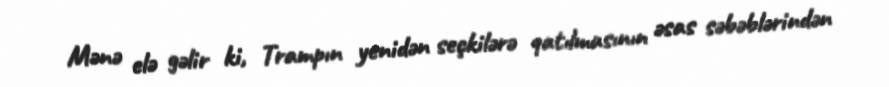
Mənə elə gəlir ki, Trampın yenidən seçkilərə qatılmasının əsas səbəblərindən